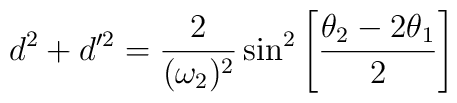
d^2 + d'^2 = {2 \over (\omega_2)^2} \sin ^2 \left[{\theta_2 - 2\theta _1 \over 2} \right]